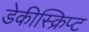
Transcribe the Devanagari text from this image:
डेकीस्क्रिप्ट